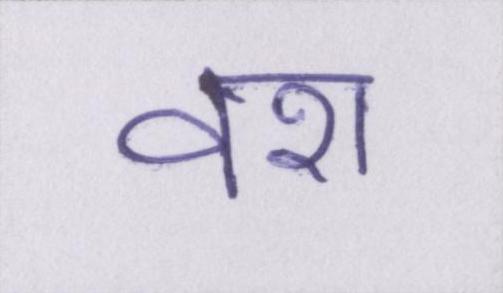
वश